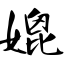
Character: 媲